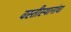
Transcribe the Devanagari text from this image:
वस्तीस्थानांचा